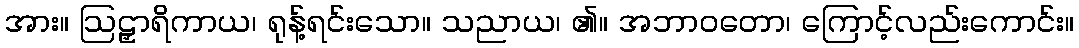
အား။ ဩဠှာရိကာယ၊ ရုန့်ရင်းသော။ သညာယ၊ ၏။ အဘာဝတော၊ ကြောင့်လည်းကောင်း။